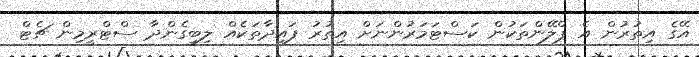
އޭގެ އިތުރުން އެ ޕްލޭންތަކުން ކަސްޓަމަރުންނަށް އިތުރު ފައިދާތަކެއް ލިބިގެންދާ ސްޓްރީމިން ޗެޓް